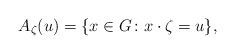
LaTeX: \begin{align*}A_{\zeta}(u)=\{x\in G\colon x\cdot \zeta =u\},\end{align*}